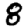
Digit: 8